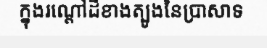
ក្នុងរណ្តៅដីខាងត្បូងនៃប្រាសាទ